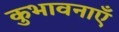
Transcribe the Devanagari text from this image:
कुभावनाएँ